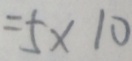
= 5 \times 1 0